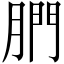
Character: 𦝋